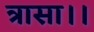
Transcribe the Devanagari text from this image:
त्रासा।।